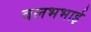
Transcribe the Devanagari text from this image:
वलभभाई